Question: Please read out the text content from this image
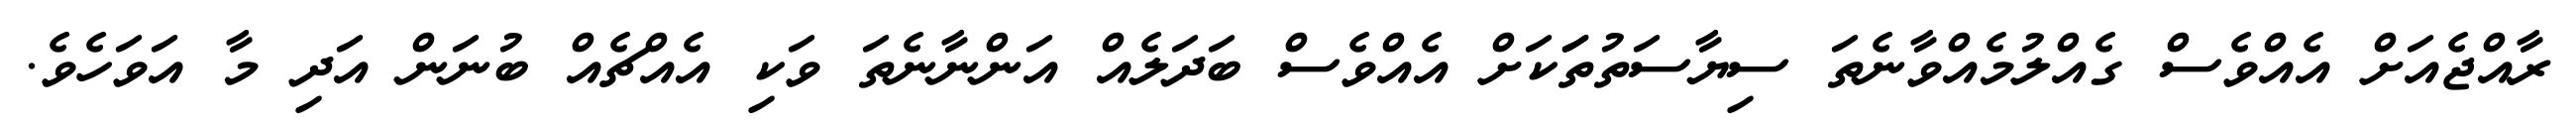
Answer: ރާއްޖެއަށް އެއްވެސް ގެއްލުމެއްވާނެތަ ސިޔާސަތުތަަަކަށް އެއްވެސް ބަދަލެއް އަންނާނެތަ ވަކި އެއްޗެއް ބުނަން އަދި މާ އަވަހެވެ.